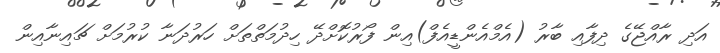
އަދި ރާއްޖޭގެ ދިފާއި ބާރު (އެމްއެންޑީއެފް)އިން ފޯރުކޮށްދޭ ހިދުމަތްތަށް ހަރުދަނާ ކުރުމަށް ޗައިނާއިން